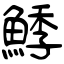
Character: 鯚